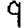
Digit: 9